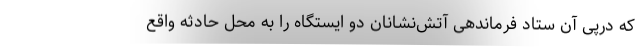
که درپی آن ستاد فرماندهی آتش‌نشانان دو ایستگاه را به محل حادثه واقع